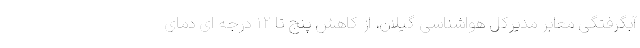
آبگرفتگی معابر مدیرکل هواشناسی گیلان، از کاهش پنج تا ۱۲ درجه ای دمای